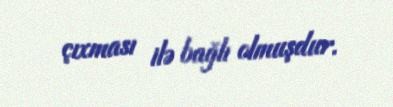
çıxması ilə bağlı olmuşdur.